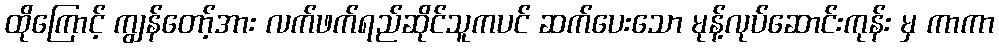
ထိုကြောင့် ကျွန်တော့်အား လက်ဖက်ရည်ဆိုင်သူကပင် ဆက်ပေးသော မုန့်လုပ်ဆောင်းကုန်း မှ ကာကာ